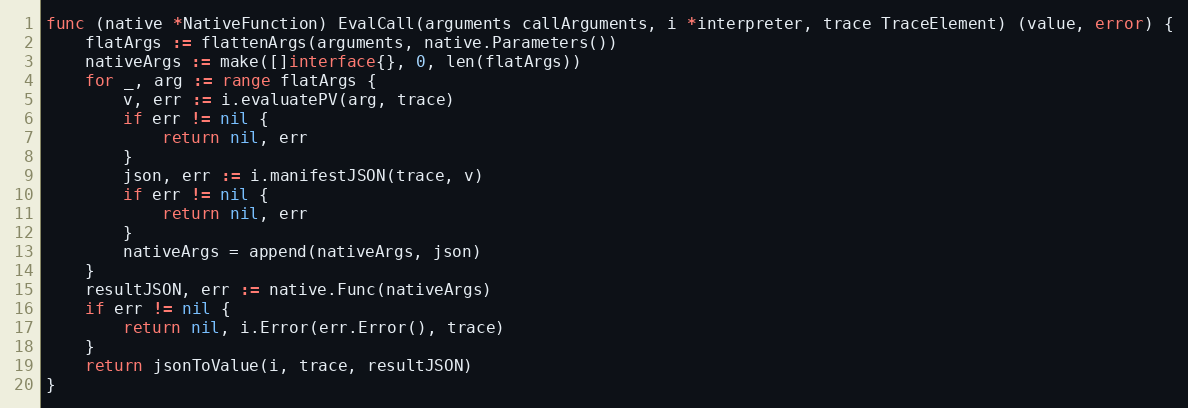
Language: Go
func (native *NativeFunction) EvalCall(arguments callArguments, i *interpreter, trace TraceElement) (value, error) {
	flatArgs := flattenArgs(arguments, native.Parameters())
	nativeArgs := make([]interface{}, 0, len(flatArgs))
	for _, arg := range flatArgs {
		v, err := i.evaluatePV(arg, trace)
		if err != nil {
			return nil, err
		}
		json, err := i.manifestJSON(trace, v)
		if err != nil {
			return nil, err
		}
		nativeArgs = append(nativeArgs, json)
	}
	resultJSON, err := native.Func(nativeArgs)
	if err != nil {
		return nil, i.Error(err.Error(), trace)
	}
	return jsonToValue(i, trace, resultJSON)
}